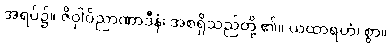
အရပ်၌။ ဇိဝှါဝိညာဏာဒီနံ၊ အစရှိသည်တို့ ၏။ ယထာရဟံ၊ စွာ။